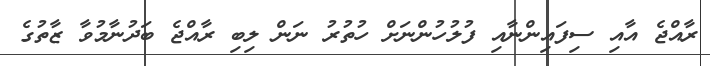
ރާއްޖެ އާއި ސިފައިންނާއި ފުލުހުންނަށް ހުތުރު ނަން ލިބި ރާއްޖެ ބަދުނާމުވާ ޒާތުގެ